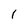
Character: 1